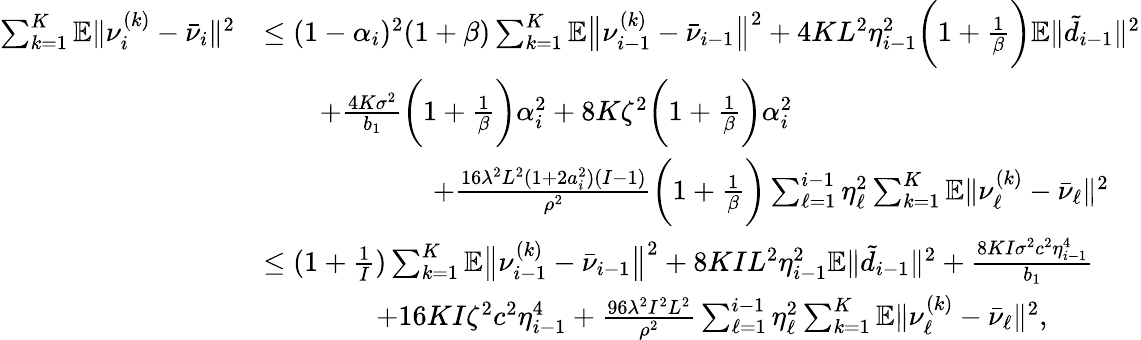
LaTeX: \begin{array}{rl}{\sum_{k=1}^{K}\mathbb{E}\| \nu_{i}^{(k)}-\bar{\nu}_{i}\| ^{2}}&{\leq(1-\alpha_{i})^{2}(1+\beta)\sum_{k=1}^{K}\mathbb{E}\big\| \nu_{i-1}^{(k)}-\bar{\nu}_{i-1}\big\| ^{2}+4KL^{2}\eta_{i-1}^{2}\bigg(1+\frac{1}{\beta}\bigg)\mathbb{E}\| \tilde{d}_{i-1}\| ^{2}}\\ &{\qquad+\frac{4K\sigma^{2}}{b_{1}}\bigg(1+\frac{1}{\beta}\bigg)\alpha_{i}^{2}+8K\zeta^{2}\bigg(1+\frac{1}{\beta}\bigg)\alpha_{i}^{2}}\\ &{\qquad\qquad\qquad+\frac{16\lambda^{2}L^{2}(1+2a_{i}^{2})(I-1)}{\rho^{2}}\bigg(1+\frac{1}{\beta}\bigg)\sum_{\ell=1}^{i-1}\eta_{\ell}^{2}\sum_{k=1}^{K}\mathbb{E}\| \nu_{\ell}^{(k)}-\bar{\nu}_{\ell}\| ^{2}}\\ &{\leq(1+\frac{1}{I})\sum_{k=1}^{K}\mathbb{E}\big\| \nu_{i-1}^{(k)}-\bar{\nu}_{i-1}\big\| ^{2}+8KIL^{2}\eta_{i-1}^{2}\mathbb{E}\| \tilde{d}_{i-1}\| ^{2}+\frac{8KI\sigma^{2}c^{2}\eta_{i-1}^{4}}{b_{1}}}\\ &{\qquad\qquad+16KI\zeta^{2}c^{2}\eta_{i-1}^{4}+\frac{96\lambda^{2}I^{2}L^{2}}{\rho^{2}}\sum_{\ell=1}^{i-1}\eta_{\ell}^{2}\sum_{k=1}^{K}\mathbb{E}\| \nu_{\ell}^{(k)}-\bar{\nu}_{\ell}\| ^{2},}\end{array}